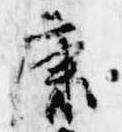
康